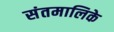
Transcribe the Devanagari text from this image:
संतमालिके